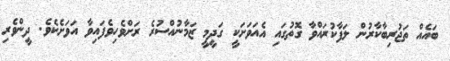
ބައެއް ތަޖުރިބާކާރުން ލަފާކުރައްވާ ގޮތުގައި އެއަވަށަކީ ގަދީމީ ޒަމާނުއްސުރެ ރަށްވެހިވެފައިވާ އަވަށެކެވެ. ދީންވެރި